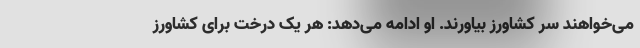
می‌خواهند سر کشاورز بیاورند. او ادامه می‌دهد: هر یک درخت برای کشاورز